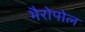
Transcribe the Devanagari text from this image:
भैरोपोल